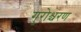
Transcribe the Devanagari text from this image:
गुरोश्चरण